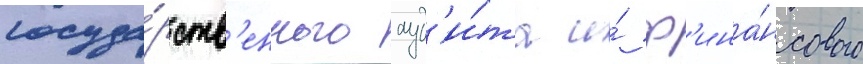
госуда́рств'енного ауд'и́та и́ ф'ина́нсового